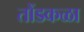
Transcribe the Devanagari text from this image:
तोंडकळा